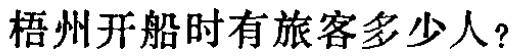
梧州开船时有旅客多少人？